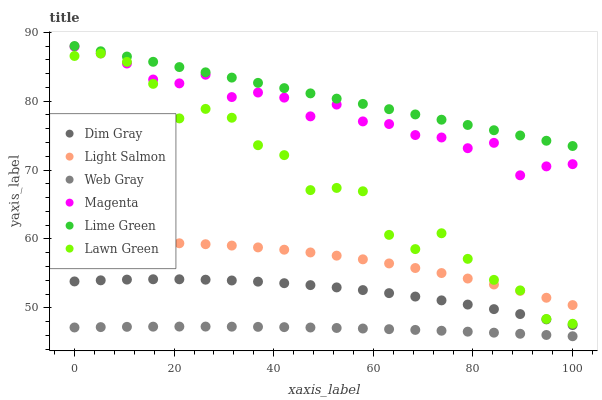
| xaxis_label | Dim Gray | Light Salmon | Web Gray | Magenta | Lime Green | Lawn Green |
 | --- | --- | --- | --- | --- | --- | --- |
 | 0 | 53.8 | 59.2 | 47.2 | 87.9 | 88 | 86.6 |
 | 5.26 | 54 | 59.4 | 47.2 | 86.9 | 87.2 | 86.9 |
 | 10.5 | 54.1 | 59.4 | 47.3 | 85.5 | 86.5 | 85.7 |
 | 15.8 | 54.2 | 59.4 | 47.3 | 83.1 | 85.7 | 82.5 |
 | 21.1 | 54.2 | 59.4 | 47.3 | 82.6 | 84.9 | 77.5 |
 | 26.3 | 54.1 | 59.2 | 47.3 | 83.8 | 84.2 | 78.9 |
 | 31.6 | 54 | 59 | 47.3 | 80.6 | 83.4 | 77.6 |
 | 36.8 | 53.8 | 58.8 | 47.2 | 81.2 | 82.7 | 73.6 |
 | 42.1 | 53.6 | 58.4 | 47.2 | 80.5 | 81.9 | 72.2 |
 | 47.4 | 53.3 | 58 | 47.2 | 77.8 | 81.1 | 67.1 |
 | 52.6 | 53 | 57.6 | 47.1 | 79.5 | 80.4 | 67.4 |
 | 57.9 | 52.6 | 57 | 47 | 77.1 | 79.6 | 66.9 |
 | 63.2 | 52.1 | 56.5 | 46.9 | 76.7 | 78.8 | 60.6 |
 | 68.4 | 51.6 | 55.8 | 46.8 | 75.1 | 78.1 | 58.5 |
 | 73.7 | 51.1 | 55.1 | 46.7 | 74.7 | 77.3 | 60.8 |
 | 78.9 | 50.5 | 54.3 | 46.6 | 73.2 | 76.5 | 57.1 |
 | 84.2 | 49.8 | 53.4 | 46.4 | 74 | 75.8 | 54.1 |
 | 89.5 | 49.1 | 52.5 | 46.2 | 69.2 | 75 | 52.5 |
 | 94.7 | 48.3 | 51.5 | 46.1 | 70.5 | 74.3 | 48.4 |
 | 100 | 47.5 | 50.4 | 45.9 | 70.9 | 73.5 | 47.7 |